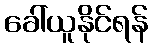
ခေါ်ယူနိုင်ရန်